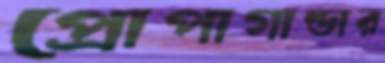
প্রোপাগান্ডার